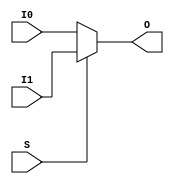
`timescale  1 ps / 1 ps


module MUXF6 (O, I0, I1, S);

    output O;
    reg    O;

    input  I0, I1, S;

	always @(I0 or I1 or S)
	    if (S)
		O = I1;
	    else
		O = I0;
endmodule